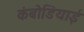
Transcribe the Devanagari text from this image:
कंबोडियाई